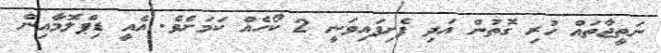
ނަތީޖާތައް ހުރި ގޮތުން އަދި ފެށިފައިވަނީ 2 ކޯހެއް ކަމަށެވެ. އެއީ ޑިޕްލޮމާއިން